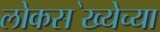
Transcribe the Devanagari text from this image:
लोकस॓ख्येच्या